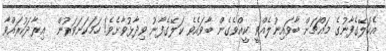
އެކަލޭގެފާނުގެ މައްޗަށް ބާވައިނުލެއްވީ ކީއްވެގެން ބާވައެވެ ކަލޭގެފާނު ވިދާޅުވާށެވެ! ހަމަކަށަވަރުން  އިރާދަކުރައްވާ